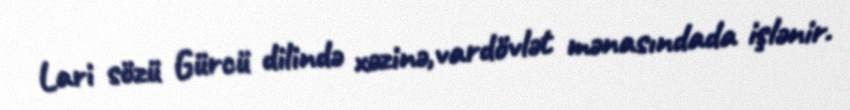
Lari sözü Gürcü dilində xəzinə,vardövlət mənasındada işlənir.